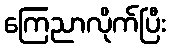
ကြေညာလိုက်ပြီး